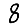
Digit: 8